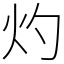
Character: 灼